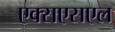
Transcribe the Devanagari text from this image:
एक्सएसएल